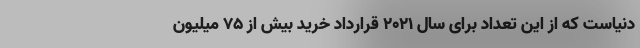
دنیاست که از این تعداد برای سال 2021 قرارداد خرید بیش از 75 میلیون